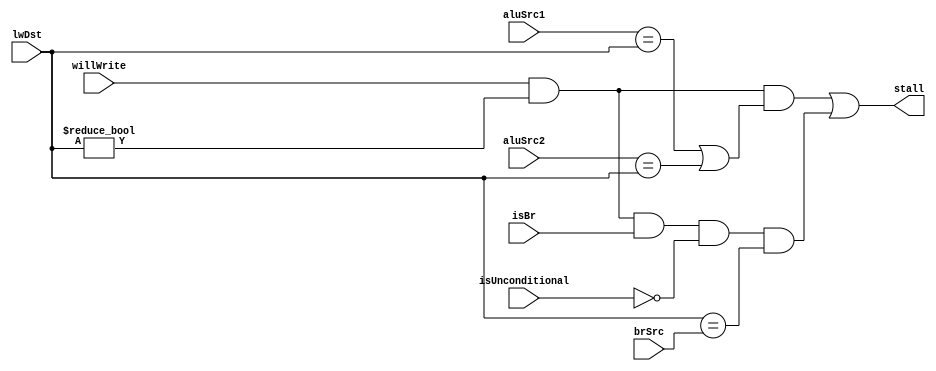
module HazardController(stall,aluSrc1, aluSrc2, brSrc, lwDst,willWrite, isBr, isUnconditional);
    output stall;
    input [3:0] aluSrc1, aluSrc2, brSrc, lwDst; // toplevel need to set these to 0 if unused
    input willWrite, isBr, isUnconditional;

    wire lwExStall, lwBrStall;
    assign lwExStall = willWrite & (lwDst!=4'b0) & (
                        (aluSrc1==lwDst) |
                        (aluSrc2==lwDst)
                    );
    assign lwBrStall = willWrite & (lwDst!=4'b0) & isBr & ~isUnconditional & (lwDst==brSrc);

    assign stall = lwExStall | lwBrStall;
endmodule